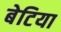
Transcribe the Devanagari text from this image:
बेटिया